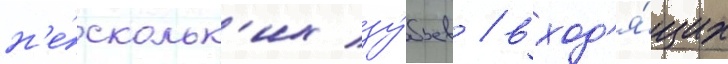
н'е́скольк'их зу́бьев / вход'я́щих